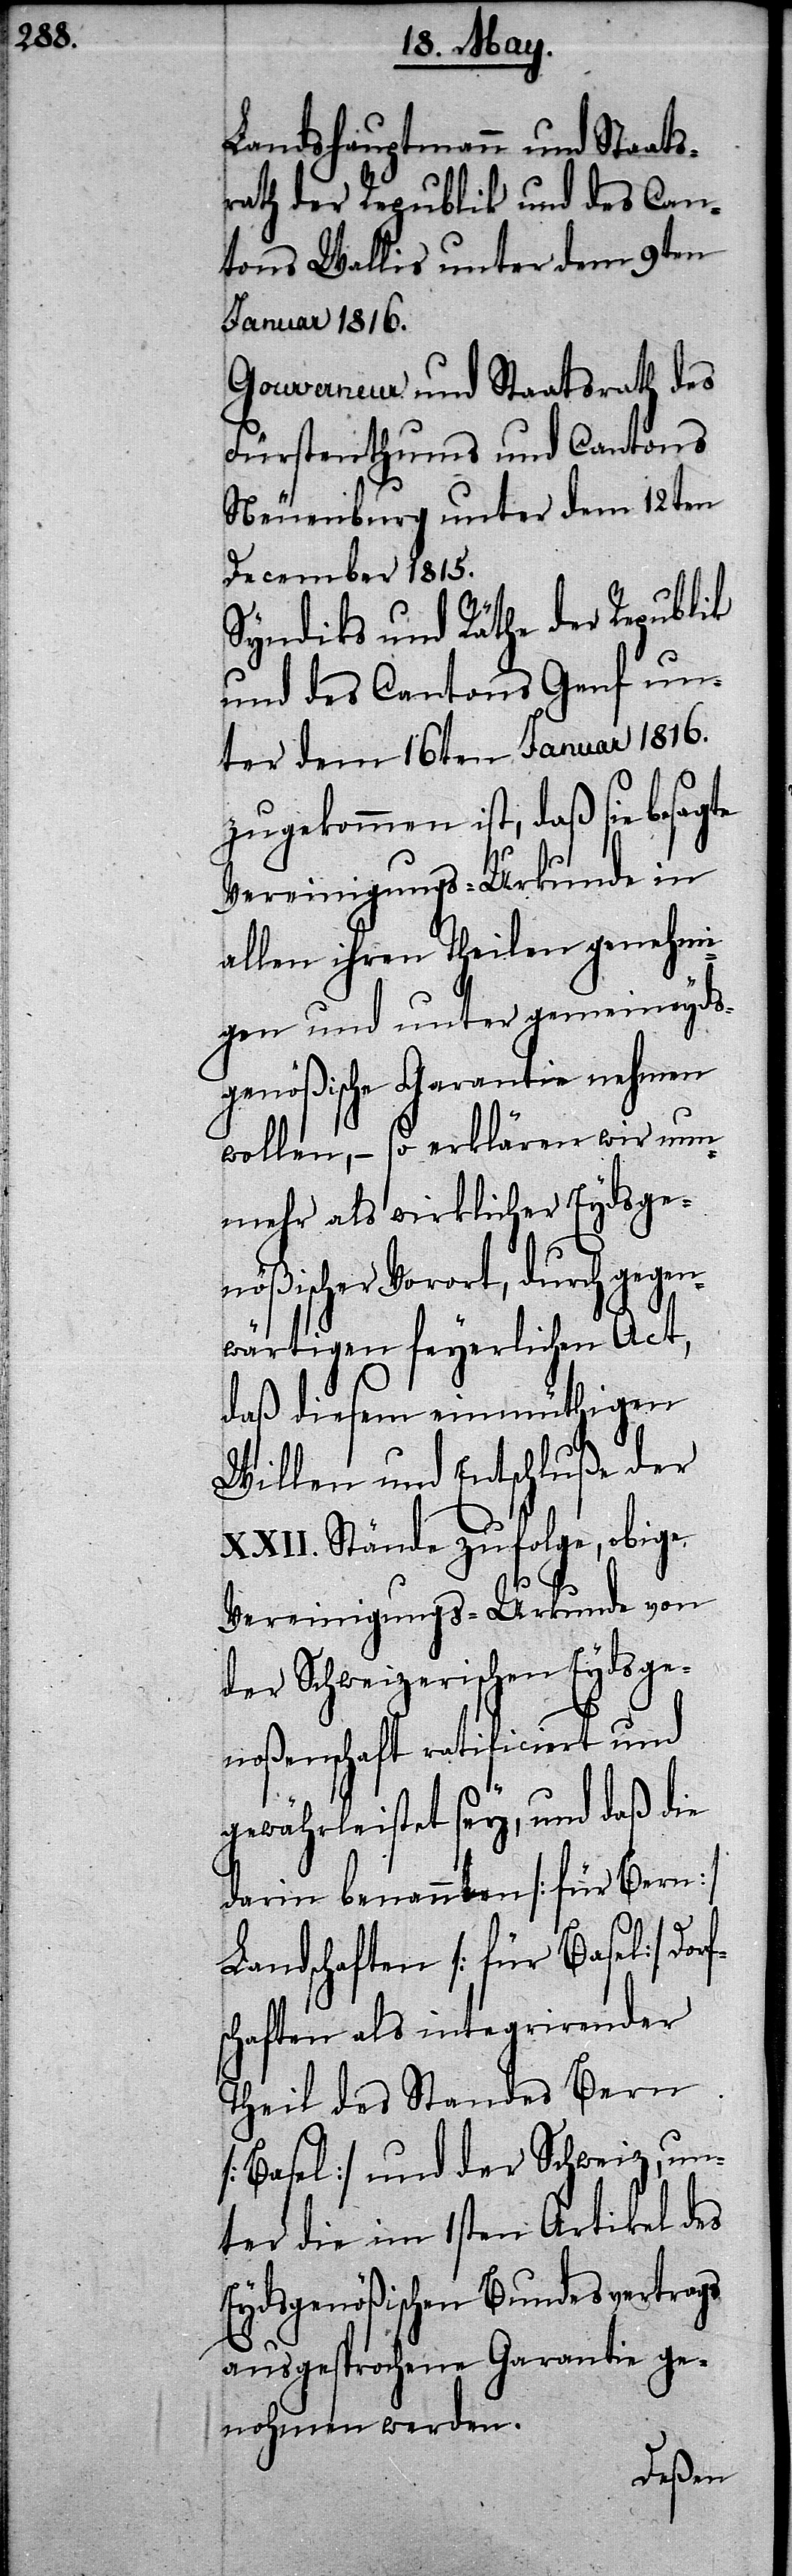
Landhauptmann und Staats¬
rath der Republik und des Can¬
tons Wallis unter dem 9ten
Januar 1816.
Gouverneur und Staatsrath des
Fürstenthums und Cantons
Neuenburg unter dem 12ten
December 1815.
Syndiks und Räthe der Republik
und des Cantons Genf un¬
ter dem 16ten Januar 1816.
zugekommen ist, daß sie besagte
Vereinigungs-Urkunde in
allen ihren Theilen genehmi¬
gen und unter gemeindeyds¬
genößische Garantie nehmen
wollen, – so erklären wir nun¬
mehr als wirklicher Eydsge¬
nößischer Vorort, durch gegen¬
wärtigen feyerlichen Act,
daß diesem einmüthigen
Willen und Entschluß der
XXII. Stände zufolge, obige
Vereinigungs-Urkunde von
der Schweizerischen Eydsge¬
noßenschaft ratificiert und
gewährleistet sey, und daß die
darin benannten [für Bern]
Landschaften [für Basel] Dorf¬
schaften als integrierender
Theil des Standes Bern
[Basel] und der Schweiz, un¬
ter die im 1sten Artikel des
Eydsgenößischen Bundesvertrags
ausgesprochene Garantie ge¬
nohmen werden.